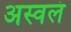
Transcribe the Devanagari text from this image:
अस्वलं